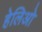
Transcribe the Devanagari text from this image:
हेलिओ